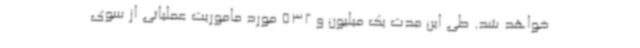
خواهد شد. طی این مدت یک میلیون و 532 مورد ماموریت عملیاتی از سوی